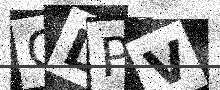
Text: GDPV